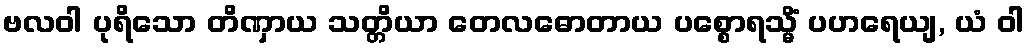
ဗလဝါ ပုရိသော တိဏှာယ သတ္တိယာ တေလဓောတာယ ပစ္စောရသ္မိံ ပဟရေယျ, ယံ ဝါ